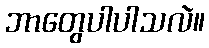
ဘာတွေပါပါသလဲ။